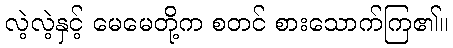
လဲ့လဲ့နှင့် မေမေတို့က စတင် စားသောက်ကြ၏။